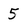
Character: 5